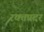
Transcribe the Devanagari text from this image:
रक्तप्रदर